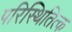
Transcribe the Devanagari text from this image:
परिस्थितित्क